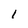
Character: l